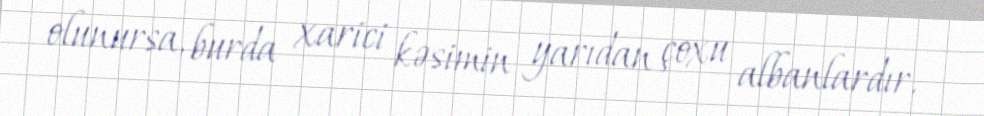
olunursa, burda xarici kəsimin yarıdan çoxu albanlardır.